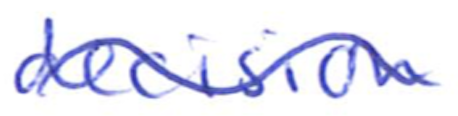
Text: decision
Cross-out: wave
Writing tool: ballpoint